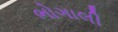
ભોગાલી